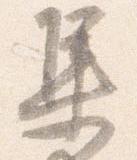
集